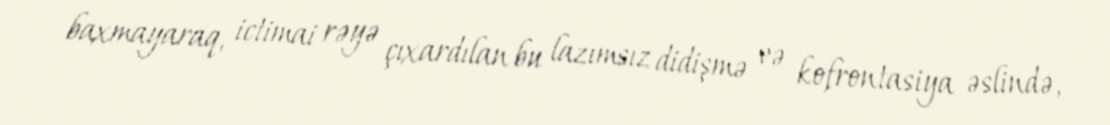
baxmayaraq, ictimai rəyə çıxardılan bu lazımsız didişmə və kofrontasiya əslində,